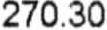
270.30